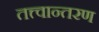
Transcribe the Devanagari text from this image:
तत्त्वान्तरण